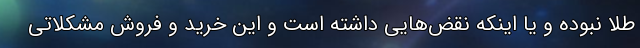
طلا نبوده و یا اینکه نقض‌هایی داشته است و این خرید و فروش مشکلاتی